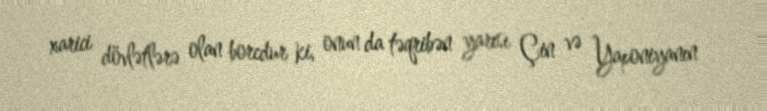
xarici dövlətlərə olan borcdur ki, onun da təqribən yarısı Çin və Yaponiyanın